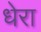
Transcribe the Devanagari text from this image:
धेरा